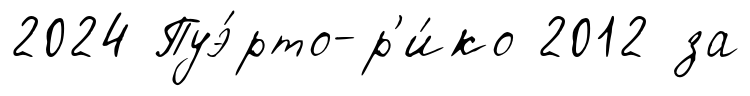
2024 Пуэ́рто-р'и́ко 2012 за